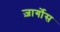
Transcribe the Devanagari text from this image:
ज़ार्गोस